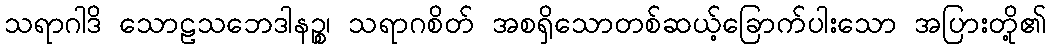
သရာဂါဒိ သောဠသဘေဒါနဉ္စ၊ သရာဂစိတ် အစရှိသောတစ်ဆယ့်ခြောက်ပါးသော အပြားတို့၏